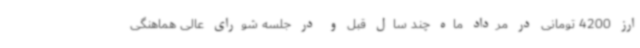
ارز 4200 تومانی در مرداد ماه چند سال قبل و در جلسه شورای عالی هماهنگی